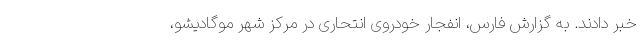
خبر دادند. به گزارش فارس، انفجار خودروی انتحاری در مرکز شهر موگادیشو،